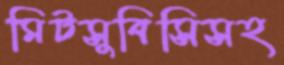
মিটসুবিসিসহ